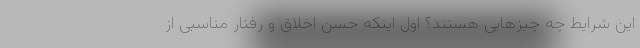
این شرایط چه چیز‌هایی هستند؟ اول اینکه حسن اخلاق و رفتار مناسبی از